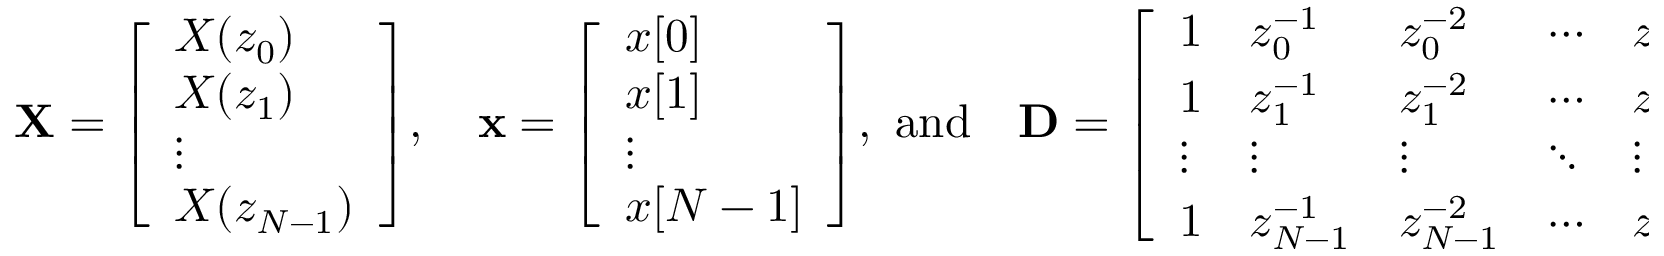
\mathbf { X } = { \left[ \begin{array} { l } { X ( z _ { 0 } ) } \\ { X ( z _ { 1 } ) } \\ { \vdots } \\ { X ( z _ { N - 1 } ) } \end{array} \right] } , \quad \mathbf { x } = { \left[ \begin{array} { l } { x [ 0 ] } \\ { x [ 1 ] } \\ { \vdots } \\ { x [ N - 1 ] } \end{array} \right] } , { \mathrm { ~ a n d } } \quad \mathbf { D } = { \left[ \begin{array} { l l l l l } { 1 } & { z _ { 0 } ^ { - 1 } } & { z _ { 0 } ^ { - 2 } } & { \cdots } & { z _ { 0 } ^ { - ( N - 1 ) } } \\ { 1 } & { z _ { 1 } ^ { - 1 } } & { z _ { 1 } ^ { - 2 } } & { \cdots } & { z _ { 1 } ^ { - ( N - 1 ) } } \\ { \vdots } & { \vdots } & { \vdots } & { \ddots } & { \vdots } \\ { 1 } & { z _ { N - 1 } ^ { - 1 } } & { z _ { N - 1 } ^ { - 2 } } & { \cdots } & { z _ { N - 1 } ^ { - ( N - 1 ) } } \end{array} \right] } .